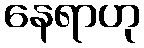
နေရာဟု